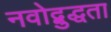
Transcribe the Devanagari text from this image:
नवोद्बुद्धता